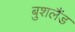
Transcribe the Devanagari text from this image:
बुशलैंड